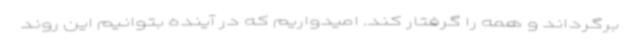
برگرداند و همه را گرفتار کند. امیدواریم که در آینده بتوانیم این روند